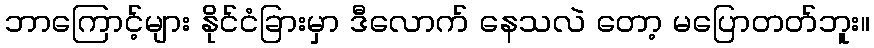
ဘာကြောင့်များ နိုင်ငံခြားမှာ ဒီလောက် နေသလဲ တော့ မပြောတတ်ဘူး။